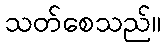
သတ်စေသည်။